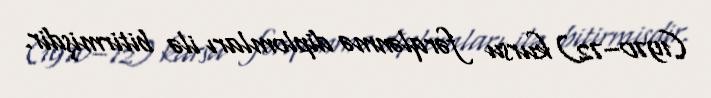
(1970–72) kursu fərqlənmə diplomları ilə bitirmişdir.